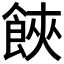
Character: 𩛩